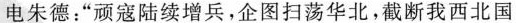
电朱德：”顽寇陆续增兵，企图扫荡华北，截断我西北国